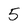
Character: 5